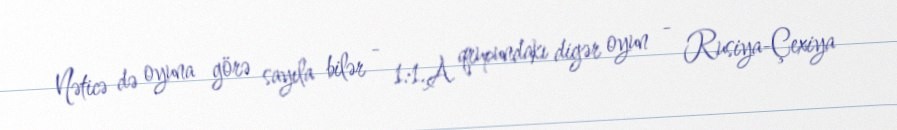
Nəticə də oyuna görə sayıla bilər - 1:1.A qrupundakı digər oyun - Rusiya-Çexiya